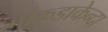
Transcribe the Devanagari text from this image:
मांकडाकेन्दा